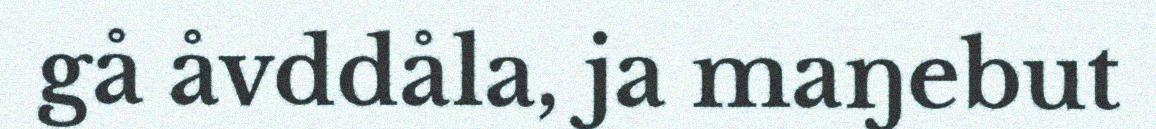
gå åvddåla, ja maŋebut